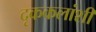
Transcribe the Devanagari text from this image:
दृककलांशी